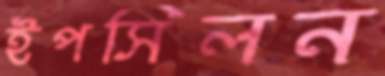
ইপসিলন